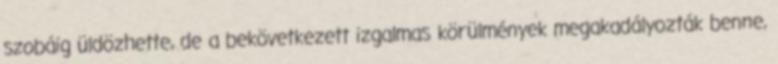
szobáig üldözhette, de a bekövetkezett izgalmas körülmények megakadályozták benne,